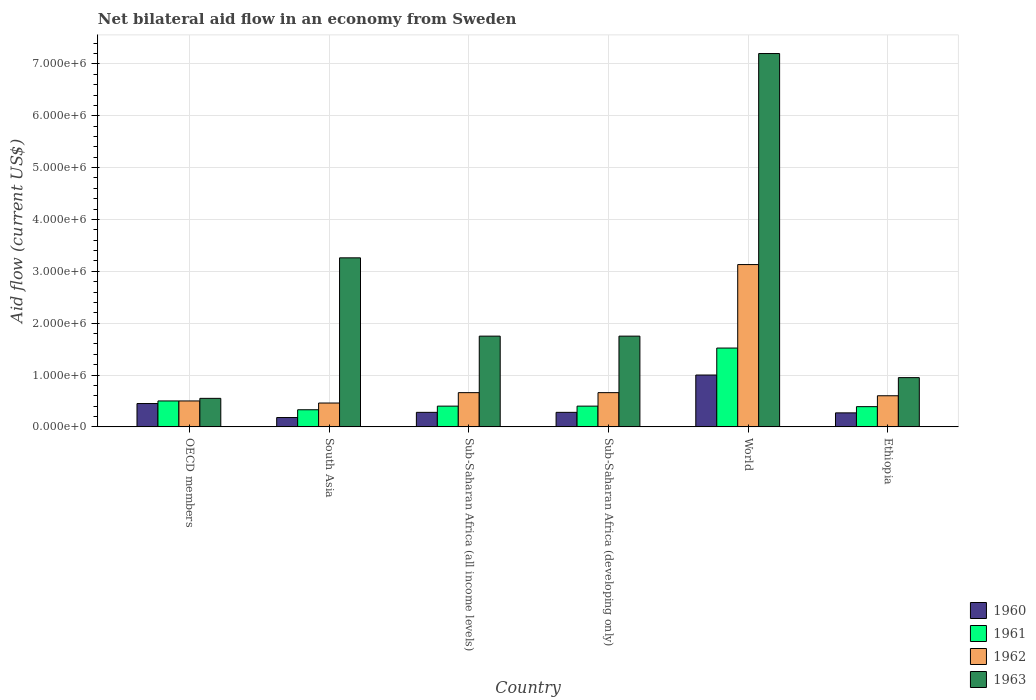
| Country | 1960 | 1961 | 1962 | 1963 |
 | --- | --- | --- | --- | --- |
 | OECD members | 4.5e+05 | 5e+05 | 5e+05 | 5.5e+05 |
 | South Asia | 1.8e+05 | 3.3e+05 | 4.6e+05 | 3.26e+06 |
 | Sub-Saharan Africa (all income levels) | 2.8e+05 | 4e+05 | 6.6e+05 | 1.75e+06 |
 | Sub-Saharan Africa (developing only) | 2.8e+05 | 4e+05 | 6.6e+05 | 1.75e+06 |
 | World | 1e+06 | 1.52e+06 | 3.13e+06 | 7.2e+06 |
 | Ethiopia | 2.7e+05 | 3.9e+05 | 6e+05 | 9.5e+05 |